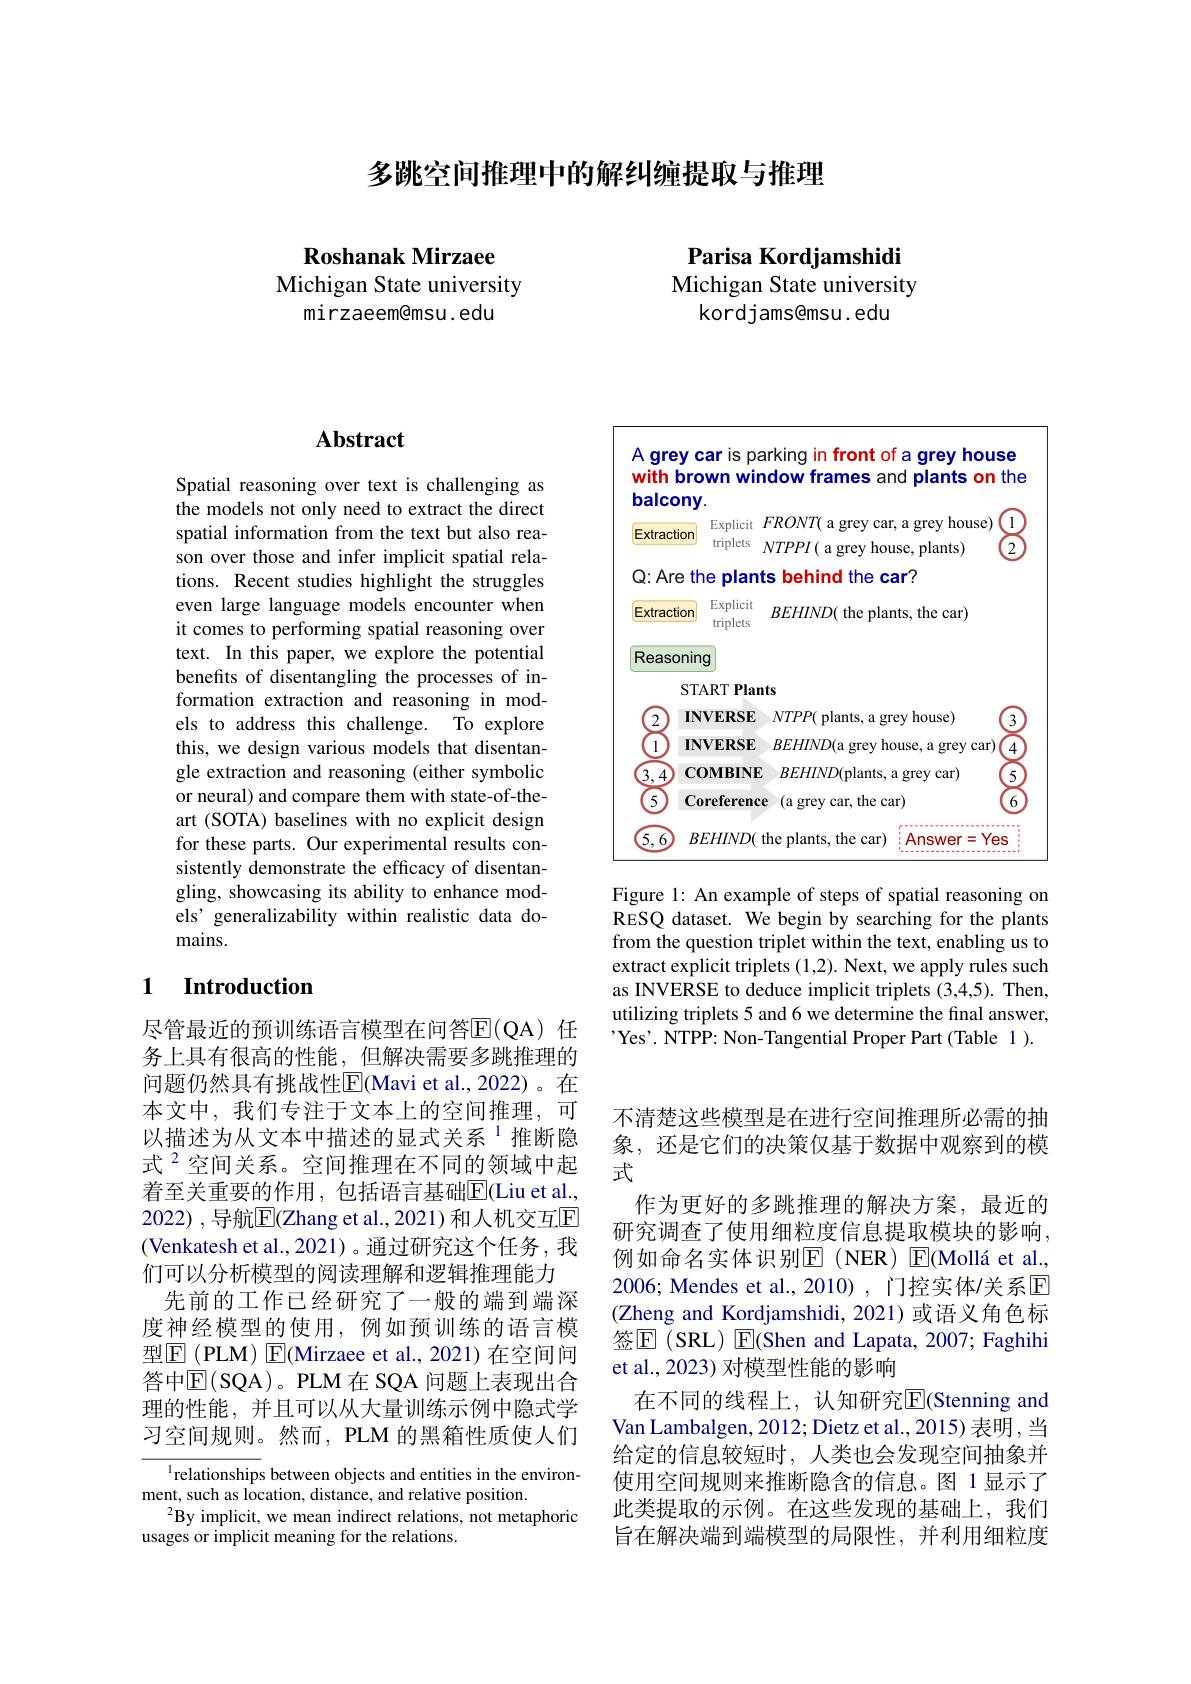
多跳空间推理中的解纠缠提取与推理

Roshanak Mirzaee
Michigan State university
mirzaeem@msu.edu

Parisa Kordjamshidi

Michigan State university
kordjams@msu. edu

## $\mathbf{Abstract}$

Spatial reasoning over text is challenging as the models not only need to extract the direct spatial information from the text but also reason over those and infer implicit spatial relations. Recent studies highlight the struggles even large language models encounter when it comes to performing spatial reasoning over text. In this paper, we explore the potential benefits of disentangling the processes of information extraction and reasoning in models to address this challenge. To explore this, we design various models that disentangle extraction and reasoning (either symbolic or neural) and compare them with state-of-theart (SOTA) baselines with no explicit design for these parts. Our experimental results consistently demonstrate the efficacy of disentangling, showcasing its ability to enhance models' generalizability within realistic data domains.

### 1 $\textbf{Introduction}$

尽管最近的预训练语言模型在问答$\mathbb{E}($QA)任务上具有很高的性能，但解决需要多跳推理的问题仍然具有挑战性$\overline{\mathrm{E}}($Mavi et al.,2022)。在本文中，我们专注于文本上的空间推理，可以描述为从文本中描述的显式关系$^{1}$推断隐式$^{2}$空间关系。空间推理在不同的领域中起着 至 关 重 要 的 作 用 , 包 括 语 言 基 础 $\overline {\mathrm{E} }($Liu et al., 2022),导航$\mathbb{E}($Zhang et al.,2021)和人机交互$\mathbb{E}$ (Venkatesh et al., 2021)。通过研究这个任务，我们可以分析模型的阅读理解和逻辑推理能力
先前的工作已经研究了一般的端到端深度神经模型的使用，例如预训练的语言模型$\operatorname{E}($PLM) $\operatorname{E}($Mirzaee et al., 2021) 在空间间答中$\mathbb{E}($SQA)。PLM 在 SQA 问题上表现出合理的性能，并且可以从大量训练示例中隐式学习空间规则。然而，PLM 的黑箱性质使人们

l relationships between objects and entities in the environ-
ment, such as location, distance, and relative position.
$^{2}$By implicit, we mean indirect relations, not metaphoric
usages or implicit meaning for the relations.

<FigureHere>

Figure 1: An example of steps of spatial reasoning on RESQ dataset. We begin by searching for the plants from the question triplet within the text, enabling us to extract explicit triplets (1,2). Next, we apply rules such as INVERSE to deduce implicit triplets (3,4,5). Then, utilizing triplets 5 and 6 we determine the final answer, , Yes'. NTPP: Non-Tangential Proper Part(Table 1).

不清楚这些模型是在进行空间推理所必需的抽象，还是它们的决策仅基于数据中观察到的模式
作为更好的多跳推理的解决方案，最近的研究调查了使用细粒度信息提取模块的影响， 例如命名实体识别$\mathbb{E}($NER)$\mathbb{E} ( \text{Moll\' {a}etal. , }$ 2006; Mendes et al.,2010),门控实体/关系$\mathbb{E}$ (Zheng and Kordjamshidi, 2021)或语义角色标签$\operatorname{E}(\operatorname{SRL})\operatorname{E}($Shen and Lapata, 2007; Faghihi et al., 2023) 对模型性能的影响
在不同的线程上，认知研究$\overline{\mathrm{E}}($Stenning and Van Lambalgen, 2012; Dietz et al., 2015) 表明 , 当给定的信息较短时，人类也会发现空间抽象并使用空间规则来推断隐含的信息。图 1显示了此类提取的示例。在这些发现的基础上，我们旨在解决端到端模型的局限性，并利用细粒度